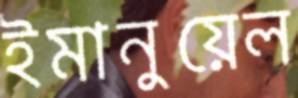
ইমানুয়েল